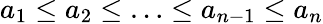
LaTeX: a_{1}\leq a_{2}\leq\ldots\leq a_{n-1}\leq a_{n}